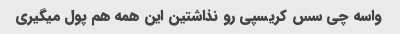
واسه چی سس کریسپی رو نذاشتین این همه هم پول میگیری